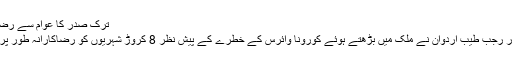
ترک صدر کا عوام سے رضاکارانہ طور پر قرنطینہ کرنے کا مطالبہ
الجزیرہ کی رپورٹ کے مطابق ترک صدر رجب طیب اردوان نے ملک میں بڑھتے ہوئے کورونا وائرس کے خطرے کے پیش نظر 8 کروڑ شہریوں کو رضاکارانہ طور پر قرنطینہ میں منتقل ہونے پر زور دیا ہے۔